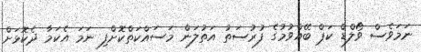
ނަމަވެސް ވޯލްޑް ކަޕް ބޭއްވުމުގެ ފުރުސަތު އަތުލަން މަސައްކަތްކޮށްފި ނަމަ އެކަމާ ދެކޮޅަށް